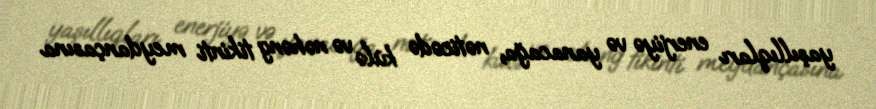
yaşıllıqları enerjiyə və yanacağa, nəticədə külə və nəhəng tikinti meydançasına